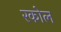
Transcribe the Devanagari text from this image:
रकोल